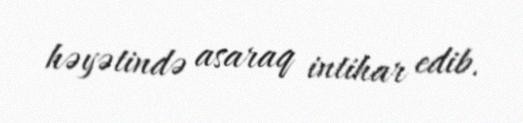
həyətində asaraq intihar edib.